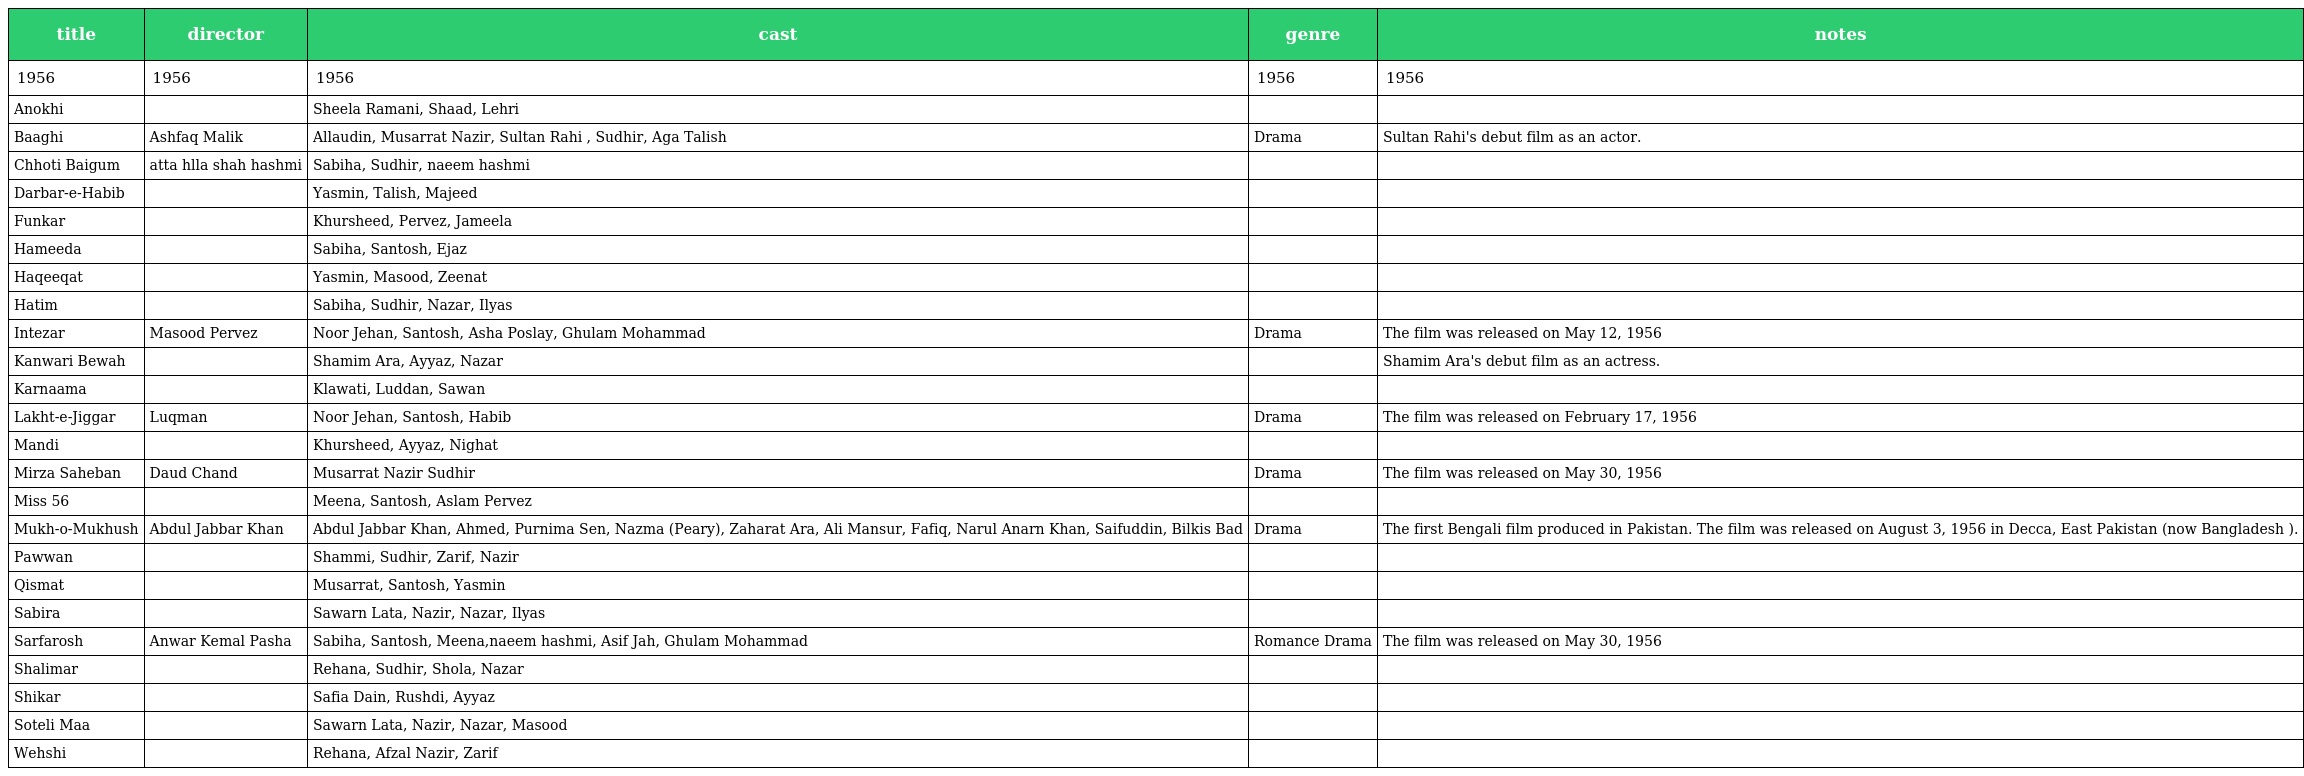
| title | director | cast | genre | notes |
 | --- | --- | --- | --- | --- |
 | 1956 | 1956 | 1956 | 1956 | 1956 |
 | Anokhi |  | Sheela Ramani, Shaad, Lehri |  |  |
 | Baaghi | Ashfaq Malik | Allaudin, Musarrat Nazir, Sultan Rahi , Sudhir, Aga Talish | Drama | Sultan Rahi's debut film as an actor. |
 | Chhoti Baigum | atta hlla shah hashmi | Sabiha, Sudhir, naeem hashmi |  |  |
 | Darbar-e-Habib |  | Yasmin, Talish, Majeed |  |  |
 | Funkar |  | Khursheed, Pervez, Jameela |  |  |
 | Hameeda |  | Sabiha, Santosh, Ejaz |  |  |
 | Haqeeqat |  | Yasmin, Masood, Zeenat |  |  |
 | Hatim |  | Sabiha, Sudhir, Nazar, Ilyas |  |  |
 | Intezar | Masood Pervez | Noor Jehan, Santosh, Asha Poslay, Ghulam Mohammad | Drama | The film was released on May 12, 1956 |
 | Kanwari Bewah |  | Shamim Ara, Ayyaz, Nazar |  | Shamim Ara's debut film as an actress. |
 | Karnaama |  | Klawati, Luddan, Sawan |  |  |
 | Lakht-e-Jiggar | Luqman | Noor Jehan, Santosh, Habib | Drama | The film was released on February 17, 1956 |
 | Mandi |  | Khursheed, Ayyaz, Nighat |  |  |
 | Mirza Saheban | Daud Chand | Musarrat Nazir Sudhir | Drama | The film was released on May 30, 1956 |
 | Miss 56 |  | Meena, Santosh, Aslam Pervez |  |  |
 | Mukh-o-Mukhush | Abdul Jabbar Khan | Abdul Jabbar Khan, Ahmed, Purnima Sen, Nazma (Peary), Zaharat Ara, Ali Mansur, Fafiq, Narul Anarn Khan, Saifuddin, Bilkis Bad | Drama | The first Bengali film produced in Pakistan. The film was released on August 3, 1956 in Decca, East Pakistan (now Bangladesh ). |
 | Pawwan |  | Shammi, Sudhir, Zarif, Nazir |  |  |
 | Qismat |  | Musarrat, Santosh, Yasmin |  |  |
 | Sabira |  | Sawarn Lata, Nazir, Nazar, Ilyas |  |  |
 | Sarfarosh | Anwar Kemal Pasha | Sabiha, Santosh, Meena,naeem hashmi, Asif Jah, Ghulam Mohammad | Romance Drama | The film was released on May 30, 1956 |
 | Shalimar |  | Rehana, Sudhir, Shola, Nazar |  |  |
 | Shikar |  | Safia Dain, Rushdi, Ayyaz |  |  |
 | Soteli Maa |  | Sawarn Lata, Nazir, Nazar, Masood |  |  |
 | Wehshi |  | Rehana, Afzal Nazir, Zarif |  |  |